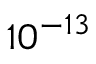
1 0 ^ { - 1 3 }